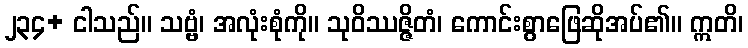
၂၃၄+ ငါသည်။ သဗ္ဗံ၊ အလုံးစုံကို။ သုဝိဿဇ္ဇိတံ၊ ကောင်းစွာဖြေဆိုအပ်၏။ ဣတိ၊